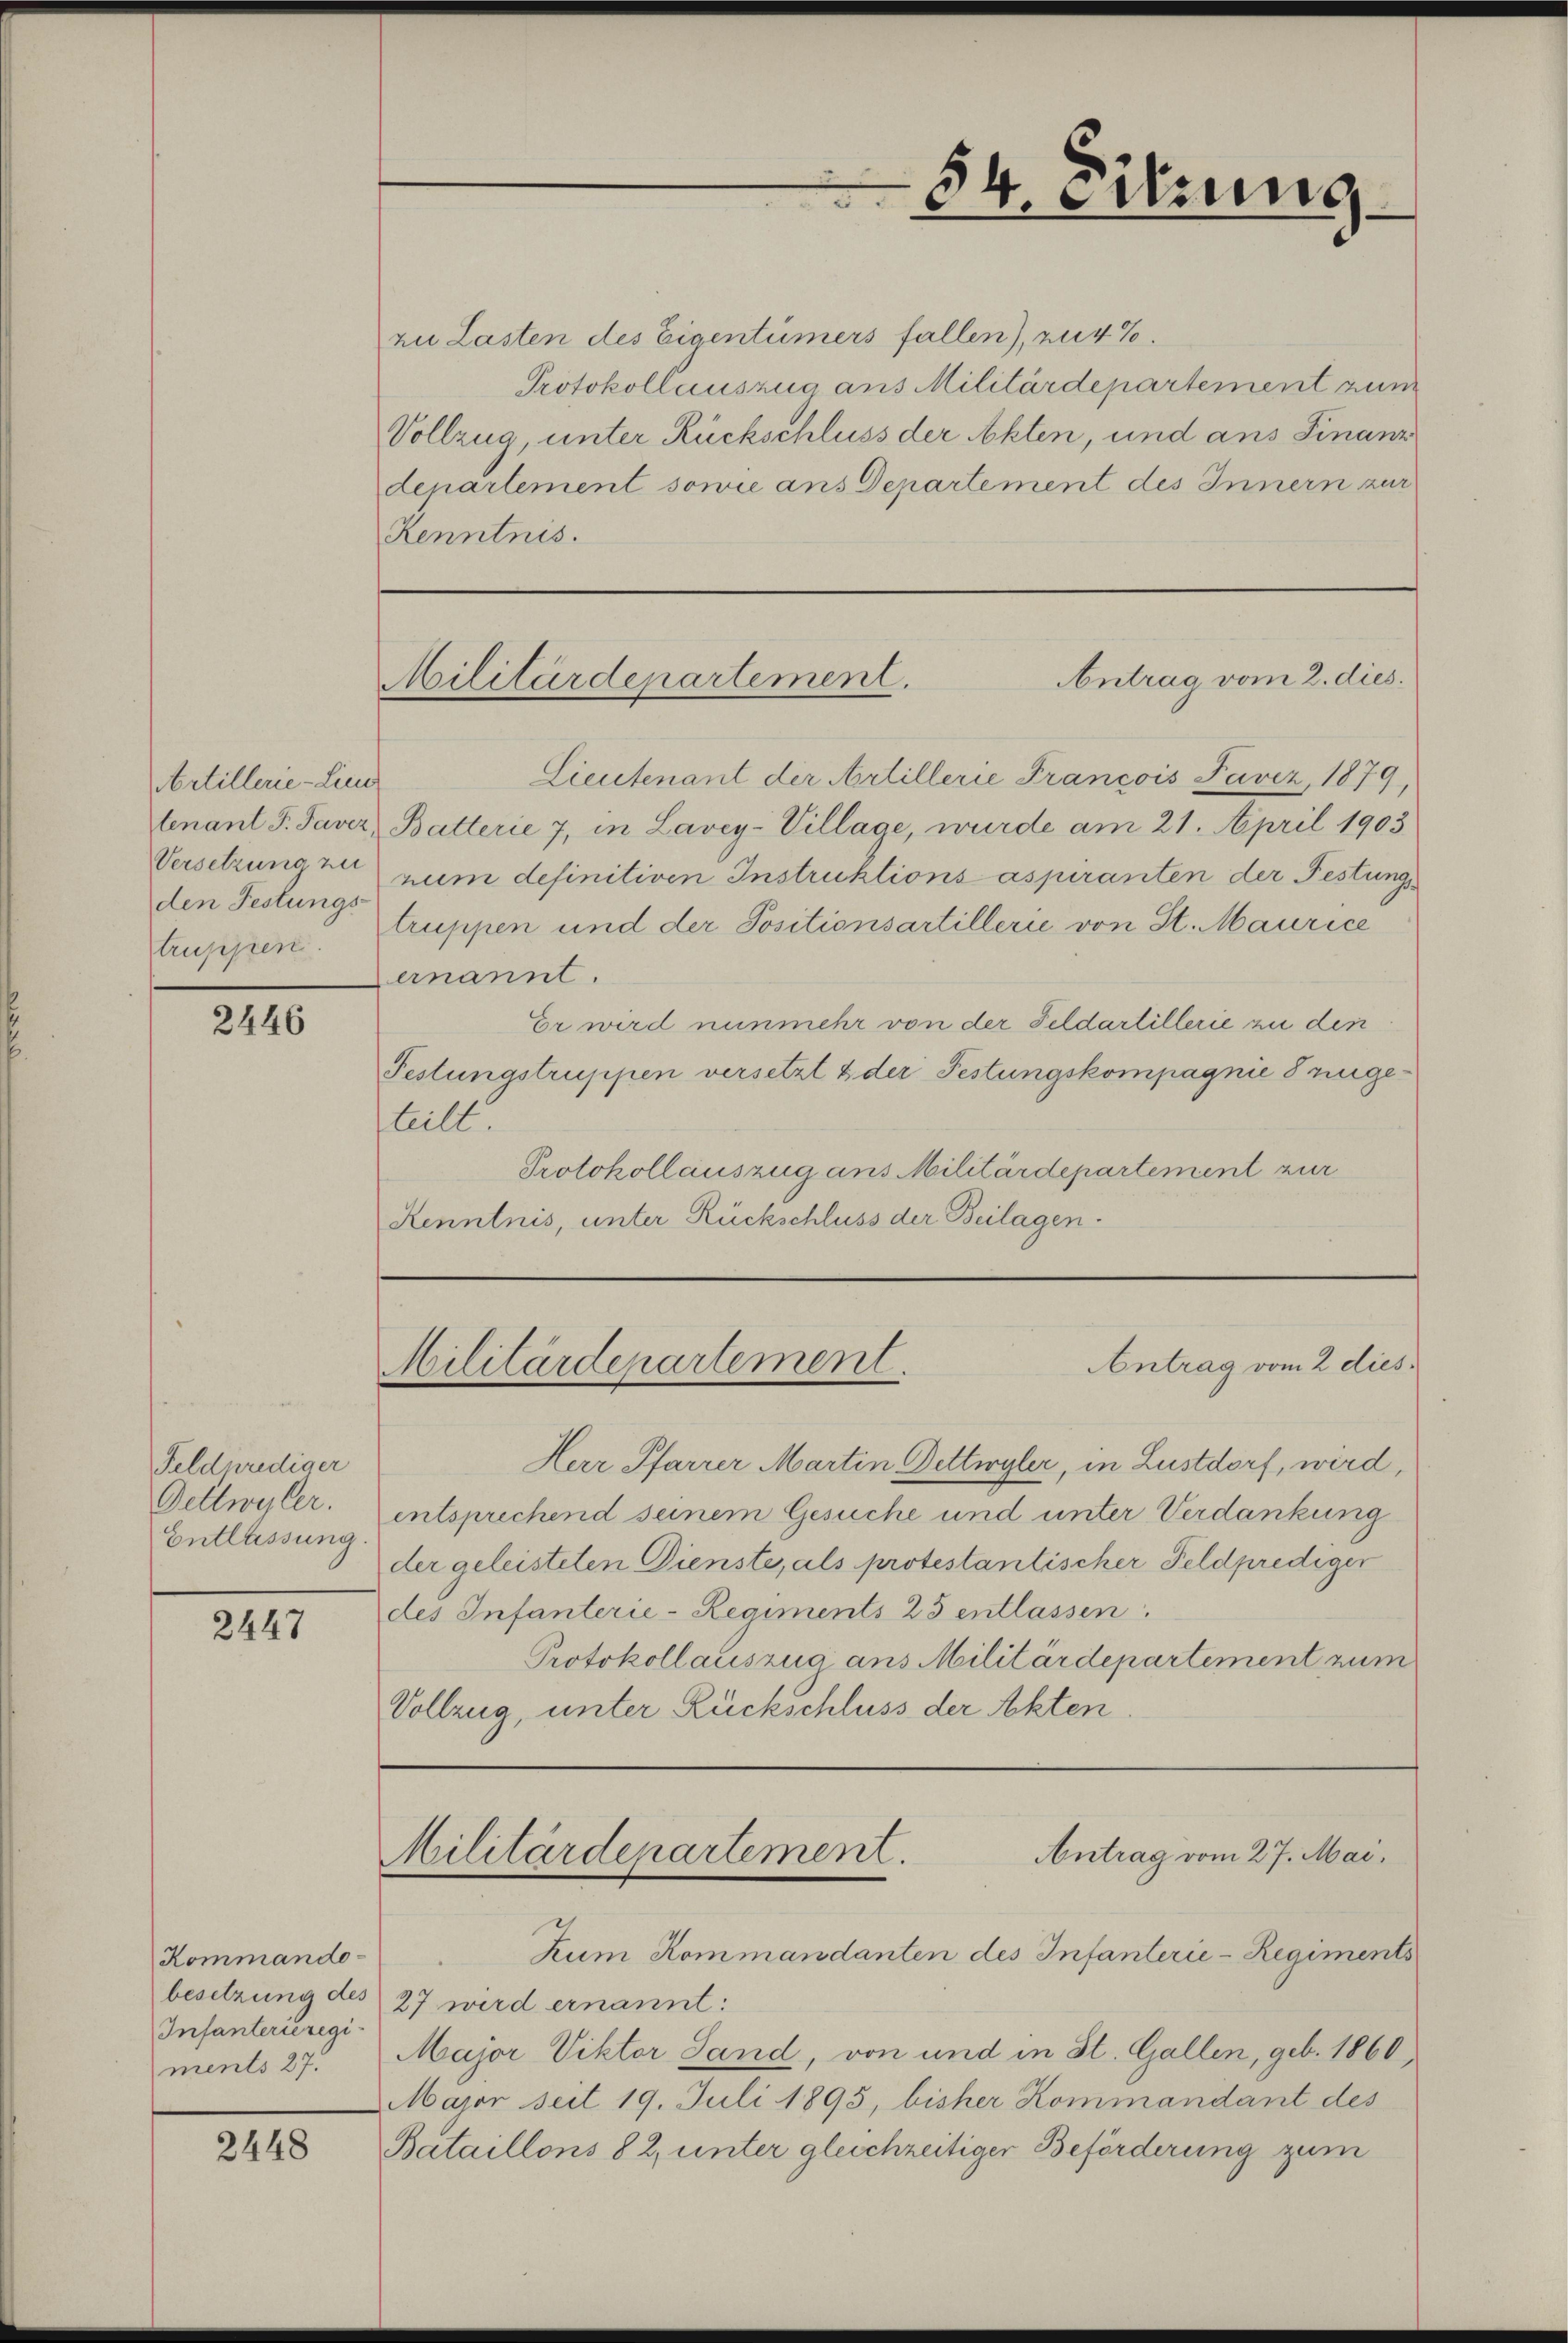
Artillerie-Lie
tenant J. Javez,
Versetzung zu
den Festungs-
truppen

2446

Feldprediger
Gettwyler.
Entlassung.

2447

Kommando-
besetzung des
Infanterieregi
ments 27.

2448

zu Lasten des Eigentümers fallen), zu 4%.
Protokollauszug aus Militärdepartement zum
Vollzug, unter Rückschluss der Akten, und ans Finanz
departement sowie ans Departement des Innern zur
Kenntnis.

Lieutenant der Artillerie Francois Favez, 1879,
Batterie 7, in Lavey-Village, wurde am 21. April 1903
num definitiven Instruktions aspiranten der Festungs-
truppen und der Positionsartillerie von St. Maurice
ernannt.
Er wird nunmehr von der Feldartillerie zu den
Festungstruppen versetzt & der Festungskompagnie 8 zugeteilt.
Protokollauszug aus Militärdepartement zur
Renntnis, unter Rückschluss der Beilagen.

54. Sitzung

Antrag vom 2. dies.
Militärdepartement.

Antrag vom 2 dies
Militärdepartement.

Herr Pfarrer Martin Dettwyler, in Lustdorf, wird,
entsprechend seinem Gesuche und unter Verdankung
der geleisteten Dienste, als protestantischer Feldprediger
des Infanterie-Regiments 25 entlassen.
Protokollauszug aus Militärdepartement zum
Vollzug, unter Rückschluss der Akten

Militärdepartement.
Antrag vom 27. Mai.

Zum Kommandanten des Infanterie-Regiments
27 wird ernannt:
Major Viktor Sand, von und in St. Gallen, geb. 1860,
Major seit 19. Juli 1895, bisher Kommandant des
Bataillons 8 2, unter gleichzeitiger Beförderung zum